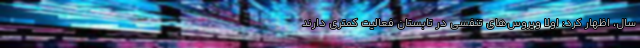
سال، اظهار کرد: اولا ویروس‌های تنفسی در تابستان فعالیت کمتری دارند